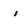
Character: i